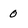
Character: 0